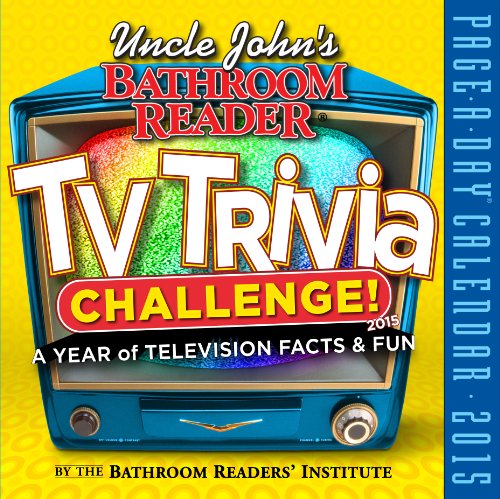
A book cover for Uncle John's TV Trivia Challenge! 2015 Calendar; The Bathroom Readers' Institute; Calendars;